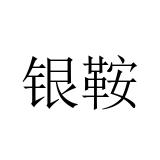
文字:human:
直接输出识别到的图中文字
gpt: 银鞍